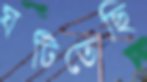
ঘটিতেছি